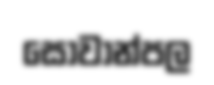
සෝවාන්පල